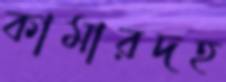
কামারদহ